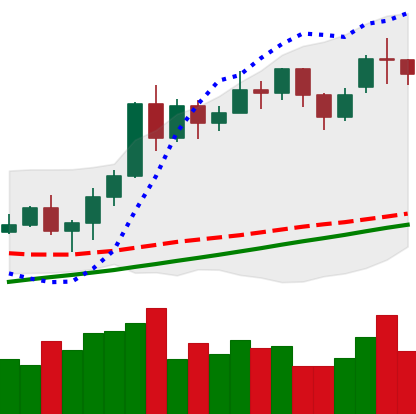
Ticker: ETH-USD
Chart end date: 2020-11-19
Forward return: 28.045%
Label: up_7plus